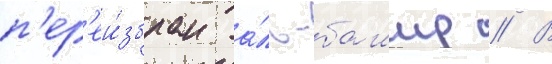
п'ер'еи́збран а́ль-башир // В